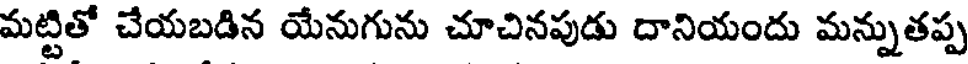
మట్టితో చేయబడిన యేనుగును చూచినపుడు దానియందు మన్నుతప్ప